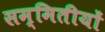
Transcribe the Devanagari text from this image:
सम्मितीयों